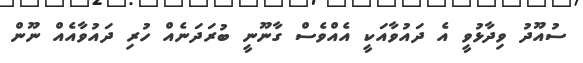
ސުއޫދު ވިދާޅުވީ އެ ދައުވާއަކީ އެއްވެސް ގާނޫނީ ބުރަދަނެއް ހުރި ދައުވާއެއް ނޫން